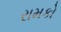
રામકો